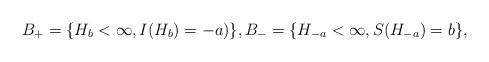
LaTeX: \begin{align*}B_+ = \{ H_b < \infty, I(H_b) = -a)\}, B_- = \{ H_{-a}<\infty, S(H_{-a}) = b \},\end{align*}